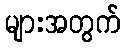
များအတွက်